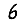
Digit: 6